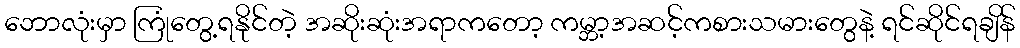
ဘောလုံးမှာ ကြုံတွေ့ရနိုင်တဲ့ အဆိုးဆုံးအရာကတော့ ကမ္ဘာ့အဆင့်ကစားသမားတွေနဲ့ ရင်ဆိုင်ရချိန်